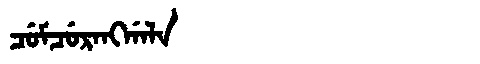
Manchu: ᠴᡠᠮᠴᡠᡵᠠᠩᡤᠠᠯᠠ
Romanization: CUMCURANGGALA